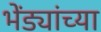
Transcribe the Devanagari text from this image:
भेंड्यांच्या